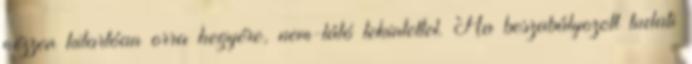
nézzen kitartóan orra hegyére, nem-látó tekintettel. Ha beszabályozott tudati